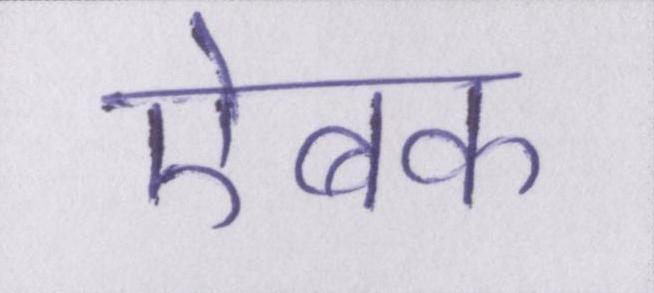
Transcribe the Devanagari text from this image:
ऐबक